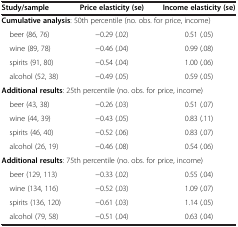
| Study/sample | Price elasticity (se) | Income elasticity (se) |
 | --- | --- | --- |
 | <COLSPAN=3> Cumulative analysis: 50th percentile (no. obs. for price, income) |
 | beer (86, 76) | −0.29 (.02) | 0.51 (.05) |
 | wine (89, 78) | −0.46 (.04) | 0.99 (.08) |
 | spirits (91, 80) | −0.54 (.04) | 1.00 (.06) |
 | alcohol (52, 38) | −0.49 (.05) | 0.59 (.05) |
 | <COLSPAN=3> Additional results: 25th percentile (no. obs. for price, income) |
 | beer (43, 38) | −0.26 (.03) | 0.51 (.07) |
 | wine (44, 39) | −0.43 (.05) | 0.83 (.11) |
 | spirits (46, 40) | −0.52 (.06) | 0.83 (.07) |
 | alcohol (26, 19) | −0.46 (.08) | 0.54 (.06) |
 | <COLSPAN=3> Additional results: 75th percentile (no. obs. for price, income) |
 | beer (129, 113) | −0.33 (.02) | 0.55 (.04) |
 | wine (134, 116) | −0.52 (.03) | 1.09 (.07) |
 | spirits (136, 120) | −0.61 (.03) | 1.14 (.05) |
 | alcohol (79, 58) | −0.51 (.04) | 0.63 (.04) |